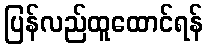
ပြန်လည်ထူထောင်ရန်